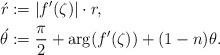
LaTeX: \begin{align*}\acute{r} & :=|f'(\zeta)|\cdot r, \\\acute{\theta} & :=\frac{\pi}{2}+\arg(f'(\zeta))+(1-n)\theta.\end{align*}